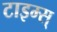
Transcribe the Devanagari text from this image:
टाइम्स्